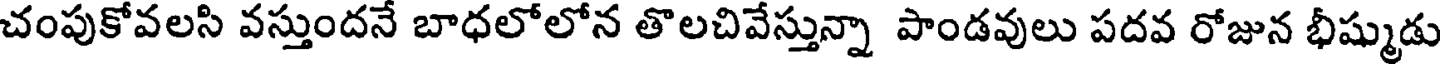
చంపుకోవలసి వస్తుందనే బాధలోలోన తొలచివేస్తున్నా పాండవులు పదవ రోజున భీష్ముడు